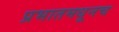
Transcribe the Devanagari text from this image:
प्रभातमधूनच